Statistics compiled by the Government of India from the reports of provincial Civil Veterinary Departments
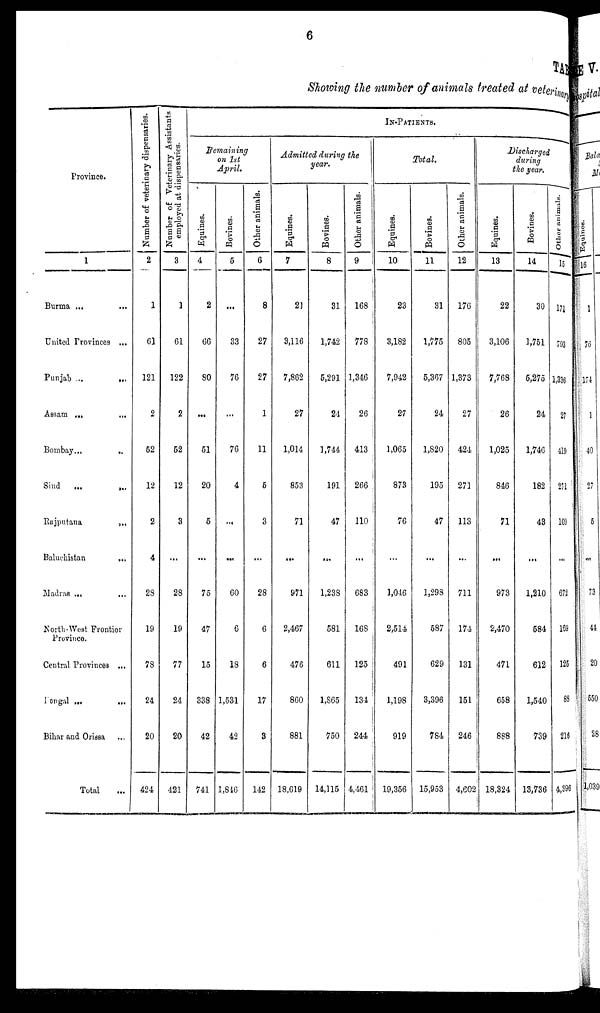
6
Showing the number of animals treated at veterinary
Province.
1
Burma ...
...
United Provinces ...
Punjab ...
...
Assam ... ...
Bombay
...
...
Sind
... ...
Rajputana
...
Baluchistan
...
Madras ...
...
North-West Frontier
Province,
Central Provinces ...
Pangal ... ...
Bihar and Orissa ...
Total ...
Number of veterinary dispensaries.
2
1
61
121
2
52
12
2
4
28
19
78
24
20
424
Number of Veterinary Assistants
employed at dispensaries.
3
1
61
122
2
52
12
3
...
28
19
11
24
20
421
IN-PATIEN
Remaining
on 1st
April.
Equines.
4
2
66
80
...
51
20
6
...
75
47
15
338
42
741
Bovines.
5
...
33
76
...
76
4
...
...
60
6
18
1,531
42
1,846
Other animals.
6
8
27
27
1
11
6
3
...
28
6
6
17
3
142
Admitted during the
year.
Equines.
7
21
3,116
7,862
27
1,014
853
71
...
971
2,467
476
860
881
18,619
Bovines.
8
31
1,742
5,291
24
1,744
191
47
...
1,238
581
611
1,865
750
14,115
Other animals.
9
168
778
1,346
26
413
266
110
...
683
168
125
134
244
4,461
Total.
Equines.
10
23
3,182
7,942
27
1,065
873
76
...
1,046
2,514
491
1,198
919
19,356
Bovines.
11
31
1,775
5,367
24
1,820
195
47
...
1,298
587
629
3,396
784
15,953
Other animals.
12
176
805
1,373
27
424
271
113
...
711
174
131
151
246
4,602
Discharged
during
the year.
Equines.
13
22
3,106
7,768
26
1,025
846
71
...
973
2,470
471
658
888
18,324
Bovines.
14
30
1,751
5,275
24
1,746
182
43
...
1,210
584
612
1,540
739
13,736
Other animals.
15
171
793
1,338
21
419
271
109
...
672
169
125
88
218
4,396